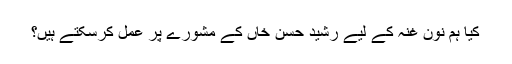
کیا ہم نون غنہ کے لیے رشید حسن خاں کے مشورے پر عمل کرسکتے ہیں؟